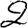
Digit: 2